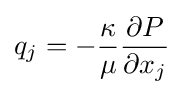
q_{j}=-{\frac {\kappa }{\mu }}{\frac {\partial P}{\partial x_{j}}}